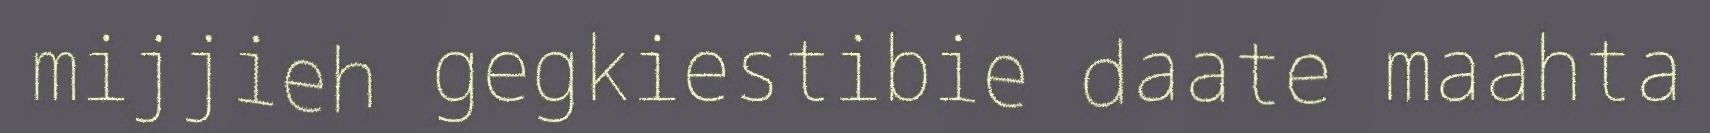
mijjieh gegkiestibie daate maahta